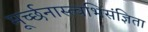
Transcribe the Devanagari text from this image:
मूर्च्छनास्त्वभिसंज्ञिता